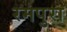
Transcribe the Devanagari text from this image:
रमपुरा